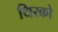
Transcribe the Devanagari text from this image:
थिरको